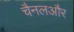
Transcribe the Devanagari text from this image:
चैनलऔर